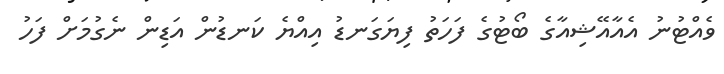
ވެއްޓުނު އެއާއޭޝިއާގެ ބޯޓުގެ ފަހަތު ފިޔަގަނޑު އިއްޔެ ކަނޑުން އަޑިން ނެގުމަށް ފަހު